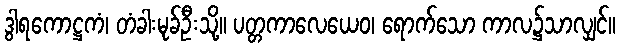
ဒွါရကောဋ္ဌကံ၊ တံခါးမုခ်ဦးသို့။ ပတ္တကာလေယေဝ၊ ရောက်သော ကာလ၌သာလျှင်။